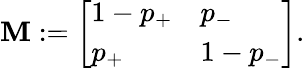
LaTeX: \mathbf{M}:=\left[\begin{array}{ll}{1-p_{+}}&{p_{-}}\\ {p_{+}}&{1-p_{-}}\end{array}\right].